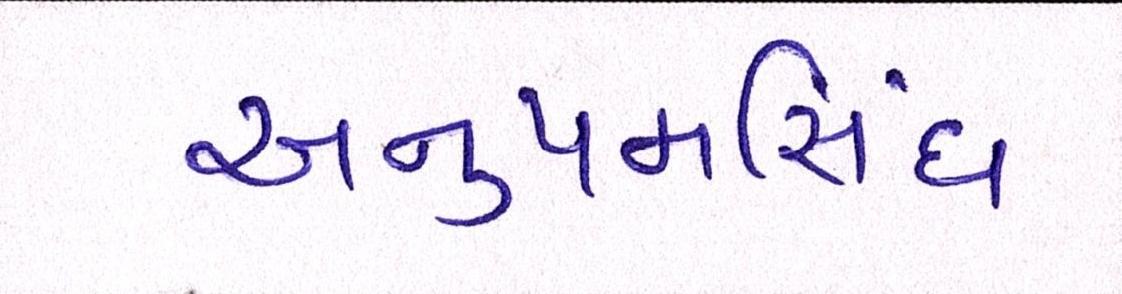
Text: અનુપમસિંઘ